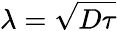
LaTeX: \lambda=\sqrt{D\tau}